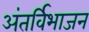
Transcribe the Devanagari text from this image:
अंतर्विभाजन